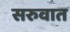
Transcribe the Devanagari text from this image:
सरुवात